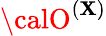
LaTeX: {\calO}^{(\mathbf{X})}